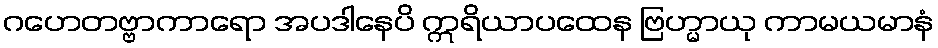
ဂဟေတဗ္ဗာကာရော အပဒါနေပိ ဣရိယာပထေန ဗြဟ္မာယု ကာမယမာနံ